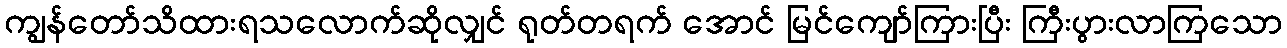
ကျွန်တော်သိထားရသလောက်ဆိုလျှင် ရုတ်တရက် အောင် မြင်ကျော်ကြားပြီး ကြီးပွားလာကြသော